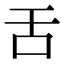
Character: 舌